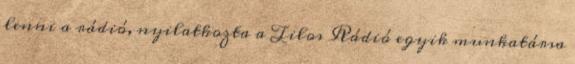
lenni a rádió, nyilatkozta a Tilos Rádió egyik munkatársa